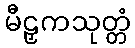
မီဠှကသုတ္တံ